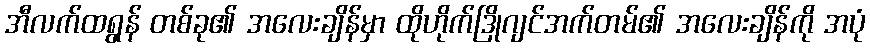
အီလက်ထရွန် တစ်ခု၏ အလေးချိန်မှာ ထိုဟိုက်ဒြိုဂျင်အက်တမ်၏ အလေးချိန်ကို အပုံ